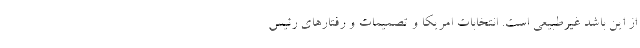
از این باشد غیرطبیعی است. انتخابات امریکا و تصمیمات و رفتارهای رئیس